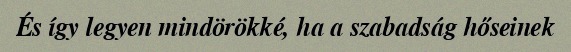
És így legyen mindörökké, ha a szabadság hőseinek